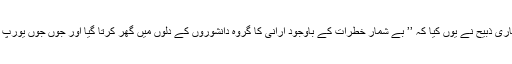
کامریڈ تقی ارانی کے فکروعمل کا اعتراف ان کے ایک نظریاتی مخالف لکھاری ذبیح نے یوں کیا کہ ’’ بے شمار خطرات کے باوجود ارانی کا گروہ دانشوروں کے دلوں میں گھر کرتا گیا اور جوں جوں یورپ سے تعلیم مکمل کر کے طلبا ایران واپس آتے گئے ان کی تعداد بڑھتی گئی ۔